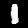
Digit: 1